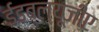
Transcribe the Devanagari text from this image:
ईडब्ल्यूजीए